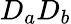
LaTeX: D_{a}D_{b}